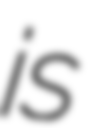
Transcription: is